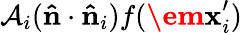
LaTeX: \mathcal{A}_{i}(\mathbf{\hat{n}}\cdot\mathbf{\hat{n}}_{i})f(\textbf{\em x}_{i}^{\prime})